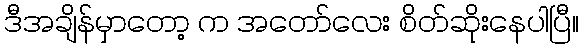
ဒီအချိန်မှာတော့ က အတော်လေး စိတ်ဆိုးနေပါပြီ။